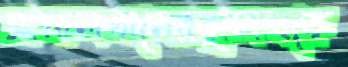
জামালখানেরকুলত্থকে